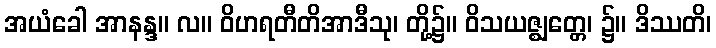
အယံခေါ အာနန္ဒ။ လ။ ဝိဟရတီတိအာဒီသု၊ တို့၌။ ဝိသယဇ္ဈတ္တေ၊ ၌။ ဒိဿတိ၊